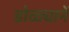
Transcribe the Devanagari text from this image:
डोळ्यानें